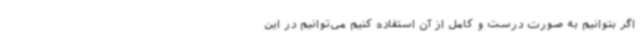
اگر بتوانیم به صورت درست و کامل از آن استفاده کنیم می‌توانیم در این